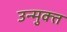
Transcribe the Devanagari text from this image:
उन्‍मुक्‍त